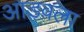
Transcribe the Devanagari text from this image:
आडवला